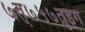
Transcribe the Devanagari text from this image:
७त्७५७तुइग